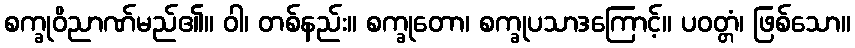
စက္ခုဝိညာဏ်မည်၏။ ဝါ၊ တစ်နည်း။ စက္ခုတော၊ စက္ခုပသာဒကြောင့်။ ပဝတ္တံ၊ ဖြစ်သော။